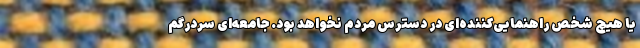
یا هیچ شخص راهنمایی‌کننده‌ای در دسترس مردم نخواهد بود. جامعه‌ای سردرگم